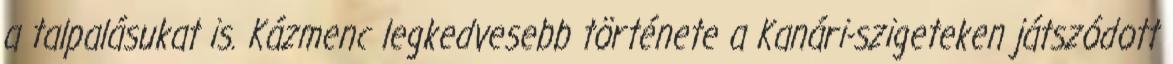
a talpalásukat is. Kázmenc legkedvesebb története a Kanári-szigeteken játszódott